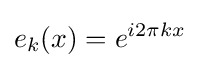
e_{k}(x)=e^{i2\pi kx}